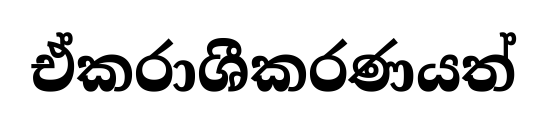
ඒකරාශීකරණයත්